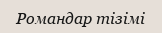
Романдар тізімі